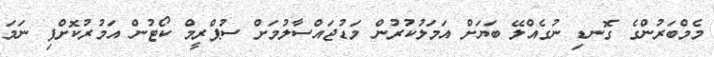
މެމްބަރުންގެ ގޮނޑި ނުގެއްލޭ ބަޔަށް އަމަލުކުރުން މަޑުޖައްސާލުމަށް ސުޕްރީމް ކޯޓުން އަމުރުކޮށްފި ނަމަ